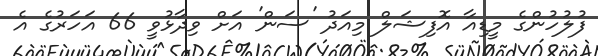
ފުލުހުންގެ މީޑިއާ އޮފިޝަލް މިއަދު 'ސަން' އަށް ވިދާޅުވީ 66 އަހަރުގެ އެ